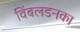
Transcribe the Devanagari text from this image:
विंबलडनका